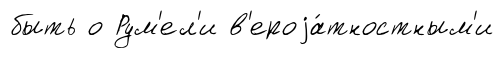
быть о Рум'ел'и в'ероjа́тностным'и